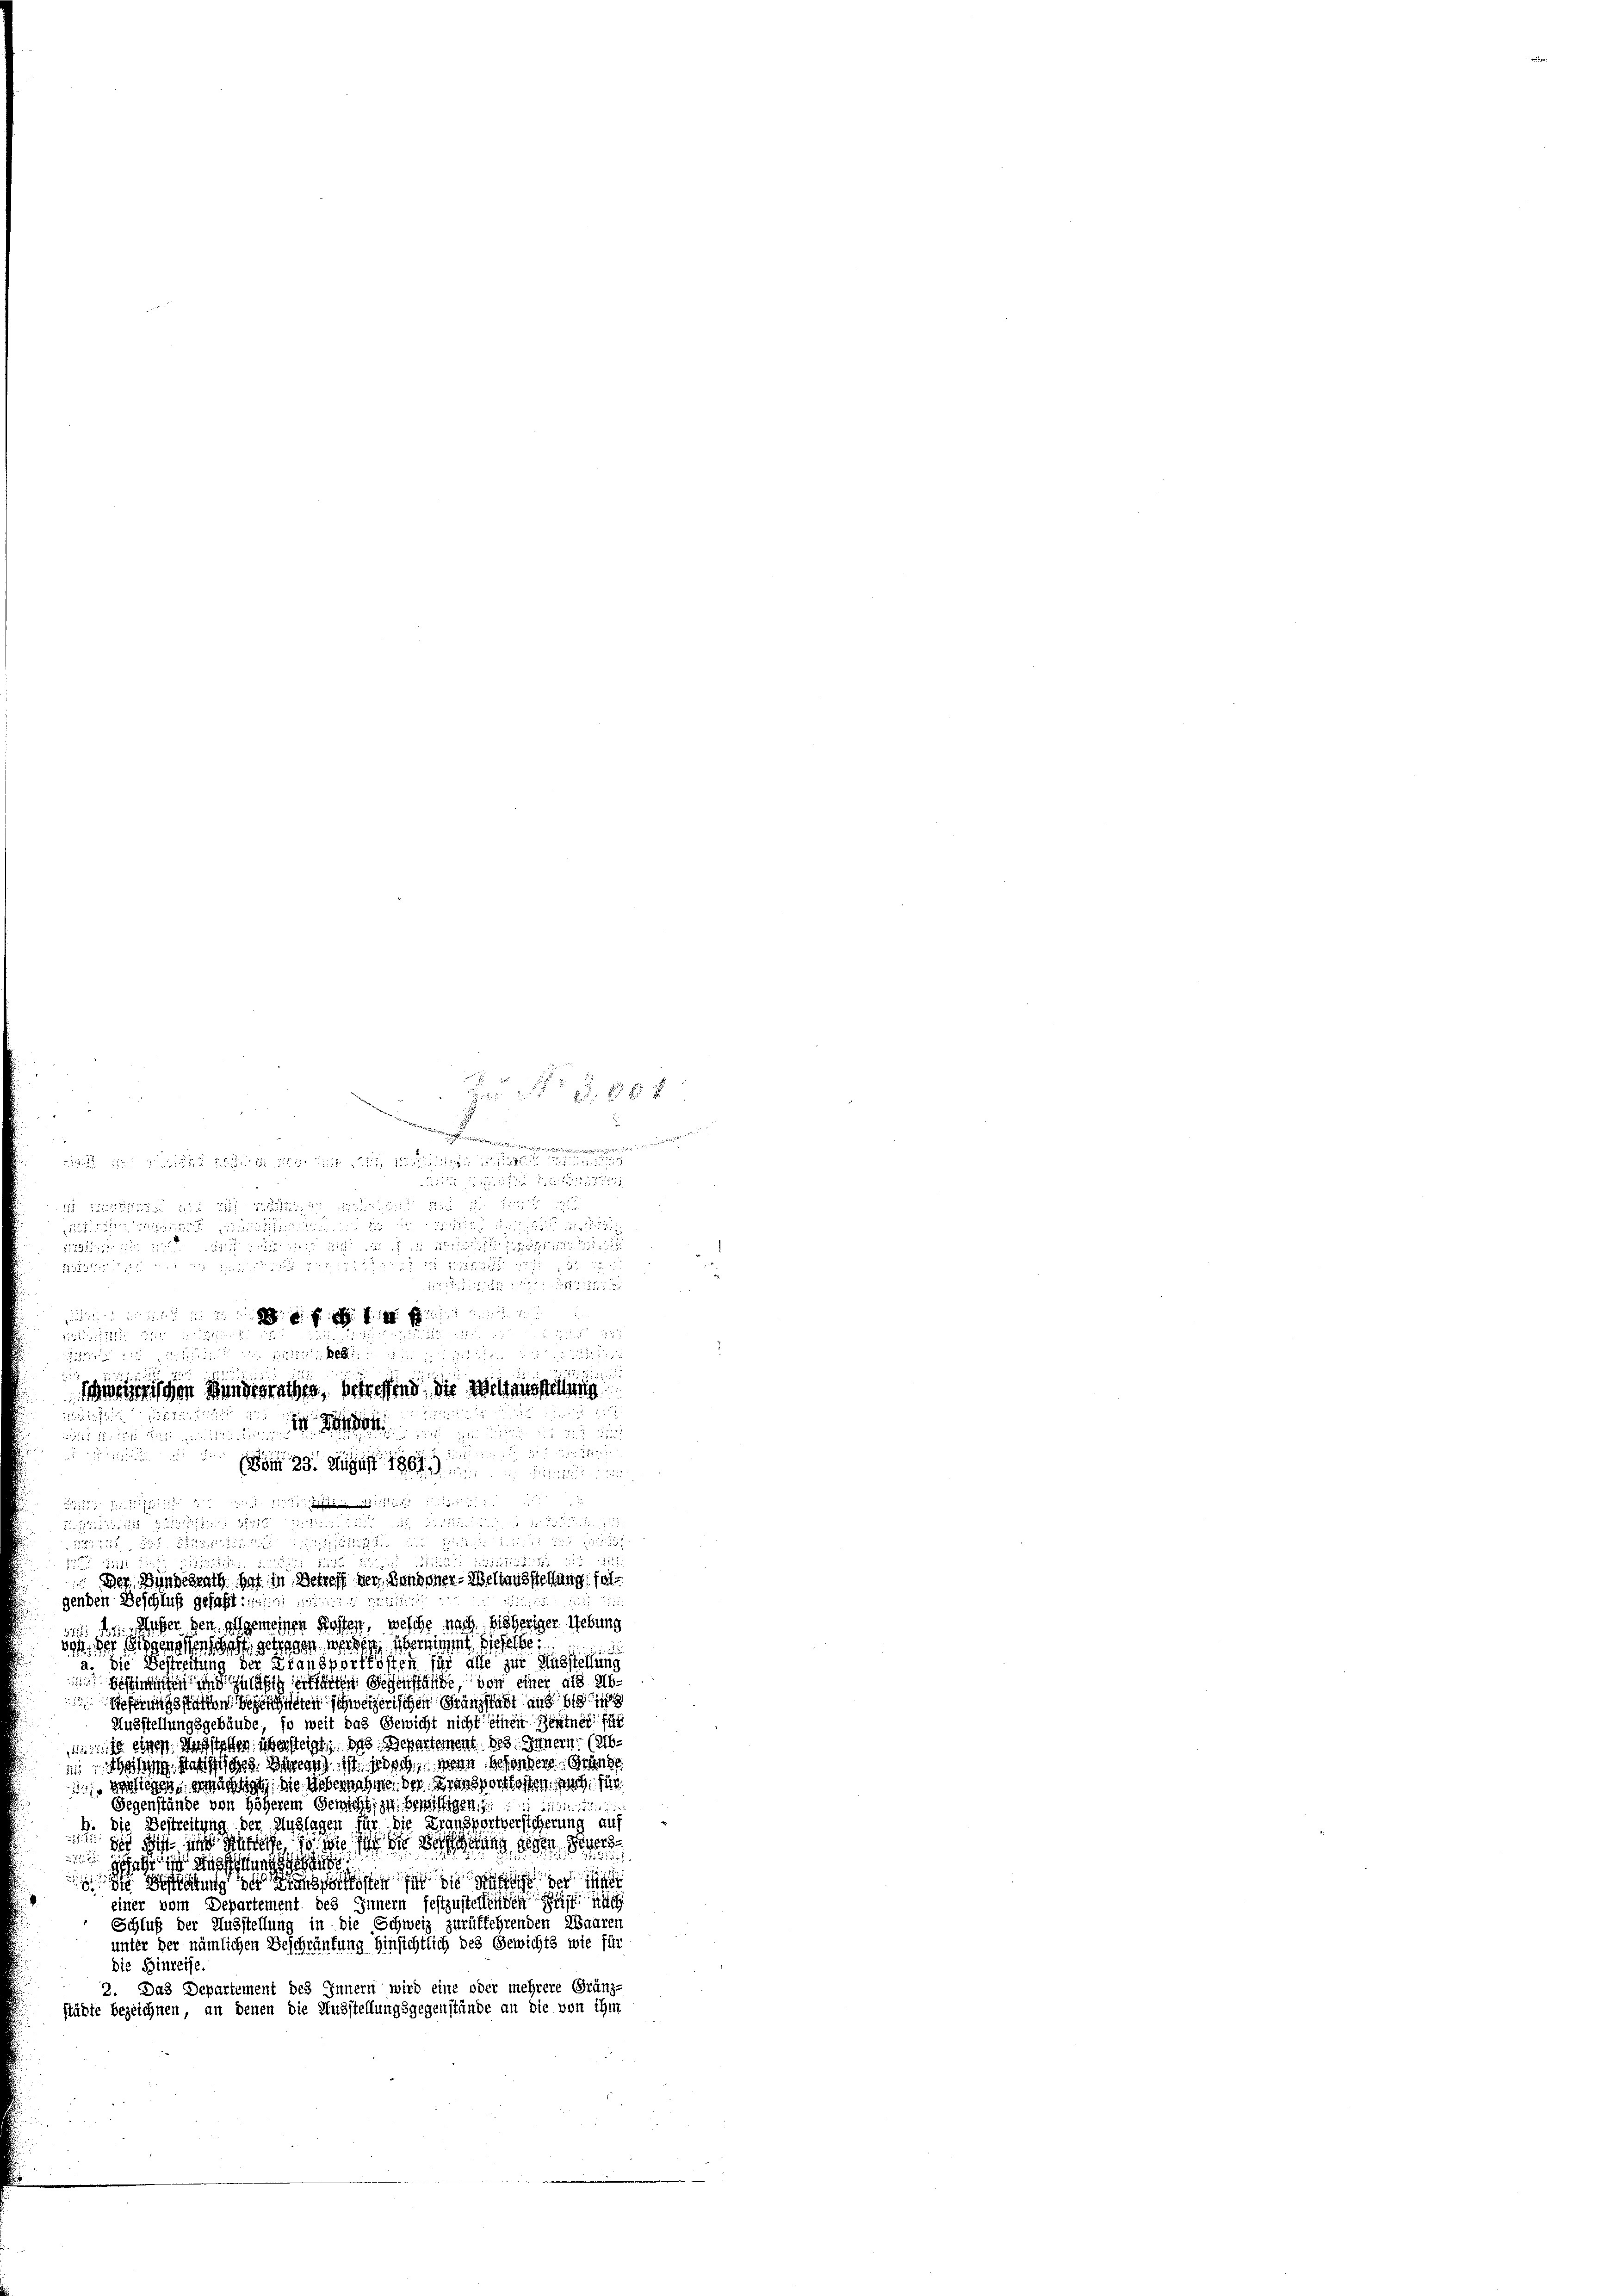
2 xx
erechen in einer
e
1 die sind die
Acten sich in der aber 18
d

Die Satz
dii das sie an die sich

Eintreten der 182

om 23. August 1861. Einheit ein
die Mitter

äten des Bitte ich und Kinde nicht aus zu
2112
2
diäre

udis die in die 125
12
Der Bundesrath hat in Betreff der Landoner-Weltausstellung fal
genden Beschluß gefasst ist die
Wieser gen allgemeinen Kosten, welche nach bisheriger Uebung
von der Eidgenossenschaft getragen werden übernimmt, dieselbe
a. die Bestreitung der Fransportkosten für alle zur Ausstellung
imen und zuläßig erklärten Segenstände, von einer als Abeferungsstatten bezeichneten schweizerischen Gränzstadt auf die
Ausstellungsgebäude, so weit das Gewicht nicht einen Zentner für
10 einen. Das statten übersteigt, das Departement des Innern, (Abohen Mathisches. Bureau ist jedoch, wenn besondere Grunds
 verliegen, erwächtigt, die Uebernahmen der Bransporstossen, auch für
Gegenstände von höherem Gericht zu benöthigen
 Audiert die si
b. die Bestreitung der Auslagen für die Fransportversicherung auf
221. 2
der die und andere so wie der der Vorfahrung gegen de
277
gesetze in was nun ange
 die Statung der Landsten für die Ruhe der
einer vom Departement des Innern festzustellenden ist n
Schluß der Ausstellung in die Schweiz zurükkehrenden Waaren
unter der nämlichen Beschränkung Hinsichtlich des Gewichts wie für
die Hinreise
2. Das Departement des Innern wird eine oder mehrere Gränz-
städte bezeichnen, an denen die Ausstellungsgegenstände an die von ihm

sie in ein ein eine eine
de   und 183
 Güte ungli
1857 mithin im Mitten bei an zustichen Studien
2
win Kindesrathen, betreffend die Weltausstellung
iit der
22
1 1274
dii der diese des verdienen eigen